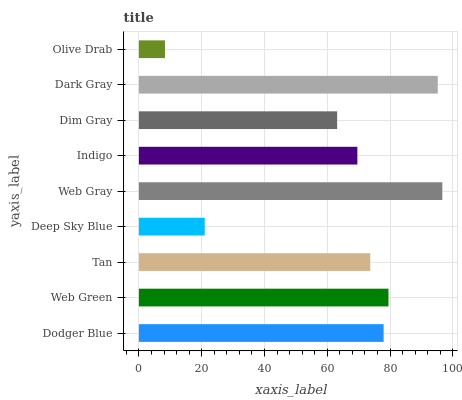
| yaxis_label | bars |
 | --- | --- |
 | Dodger Blue | 77.9 |
 | Web Green | 79.5 |
 | Tan | 73.7 |
 | Deep Sky Blue | 21 |
 | Web Gray | 96.6 |
 | Indigo | 69.6 |
 | Dim Gray | 63.1 |
 | Dark Gray | 95.2 |
 | Olive Drab | 8.3 |